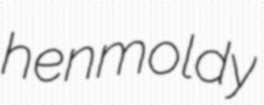
henmoldy